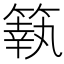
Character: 䉅